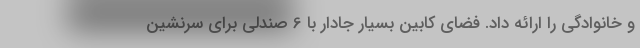
و خانوادگی را ارائه داد. فضای کابین بسیار جادار با 6 صندلی برای سرنشین